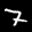
Label: 7